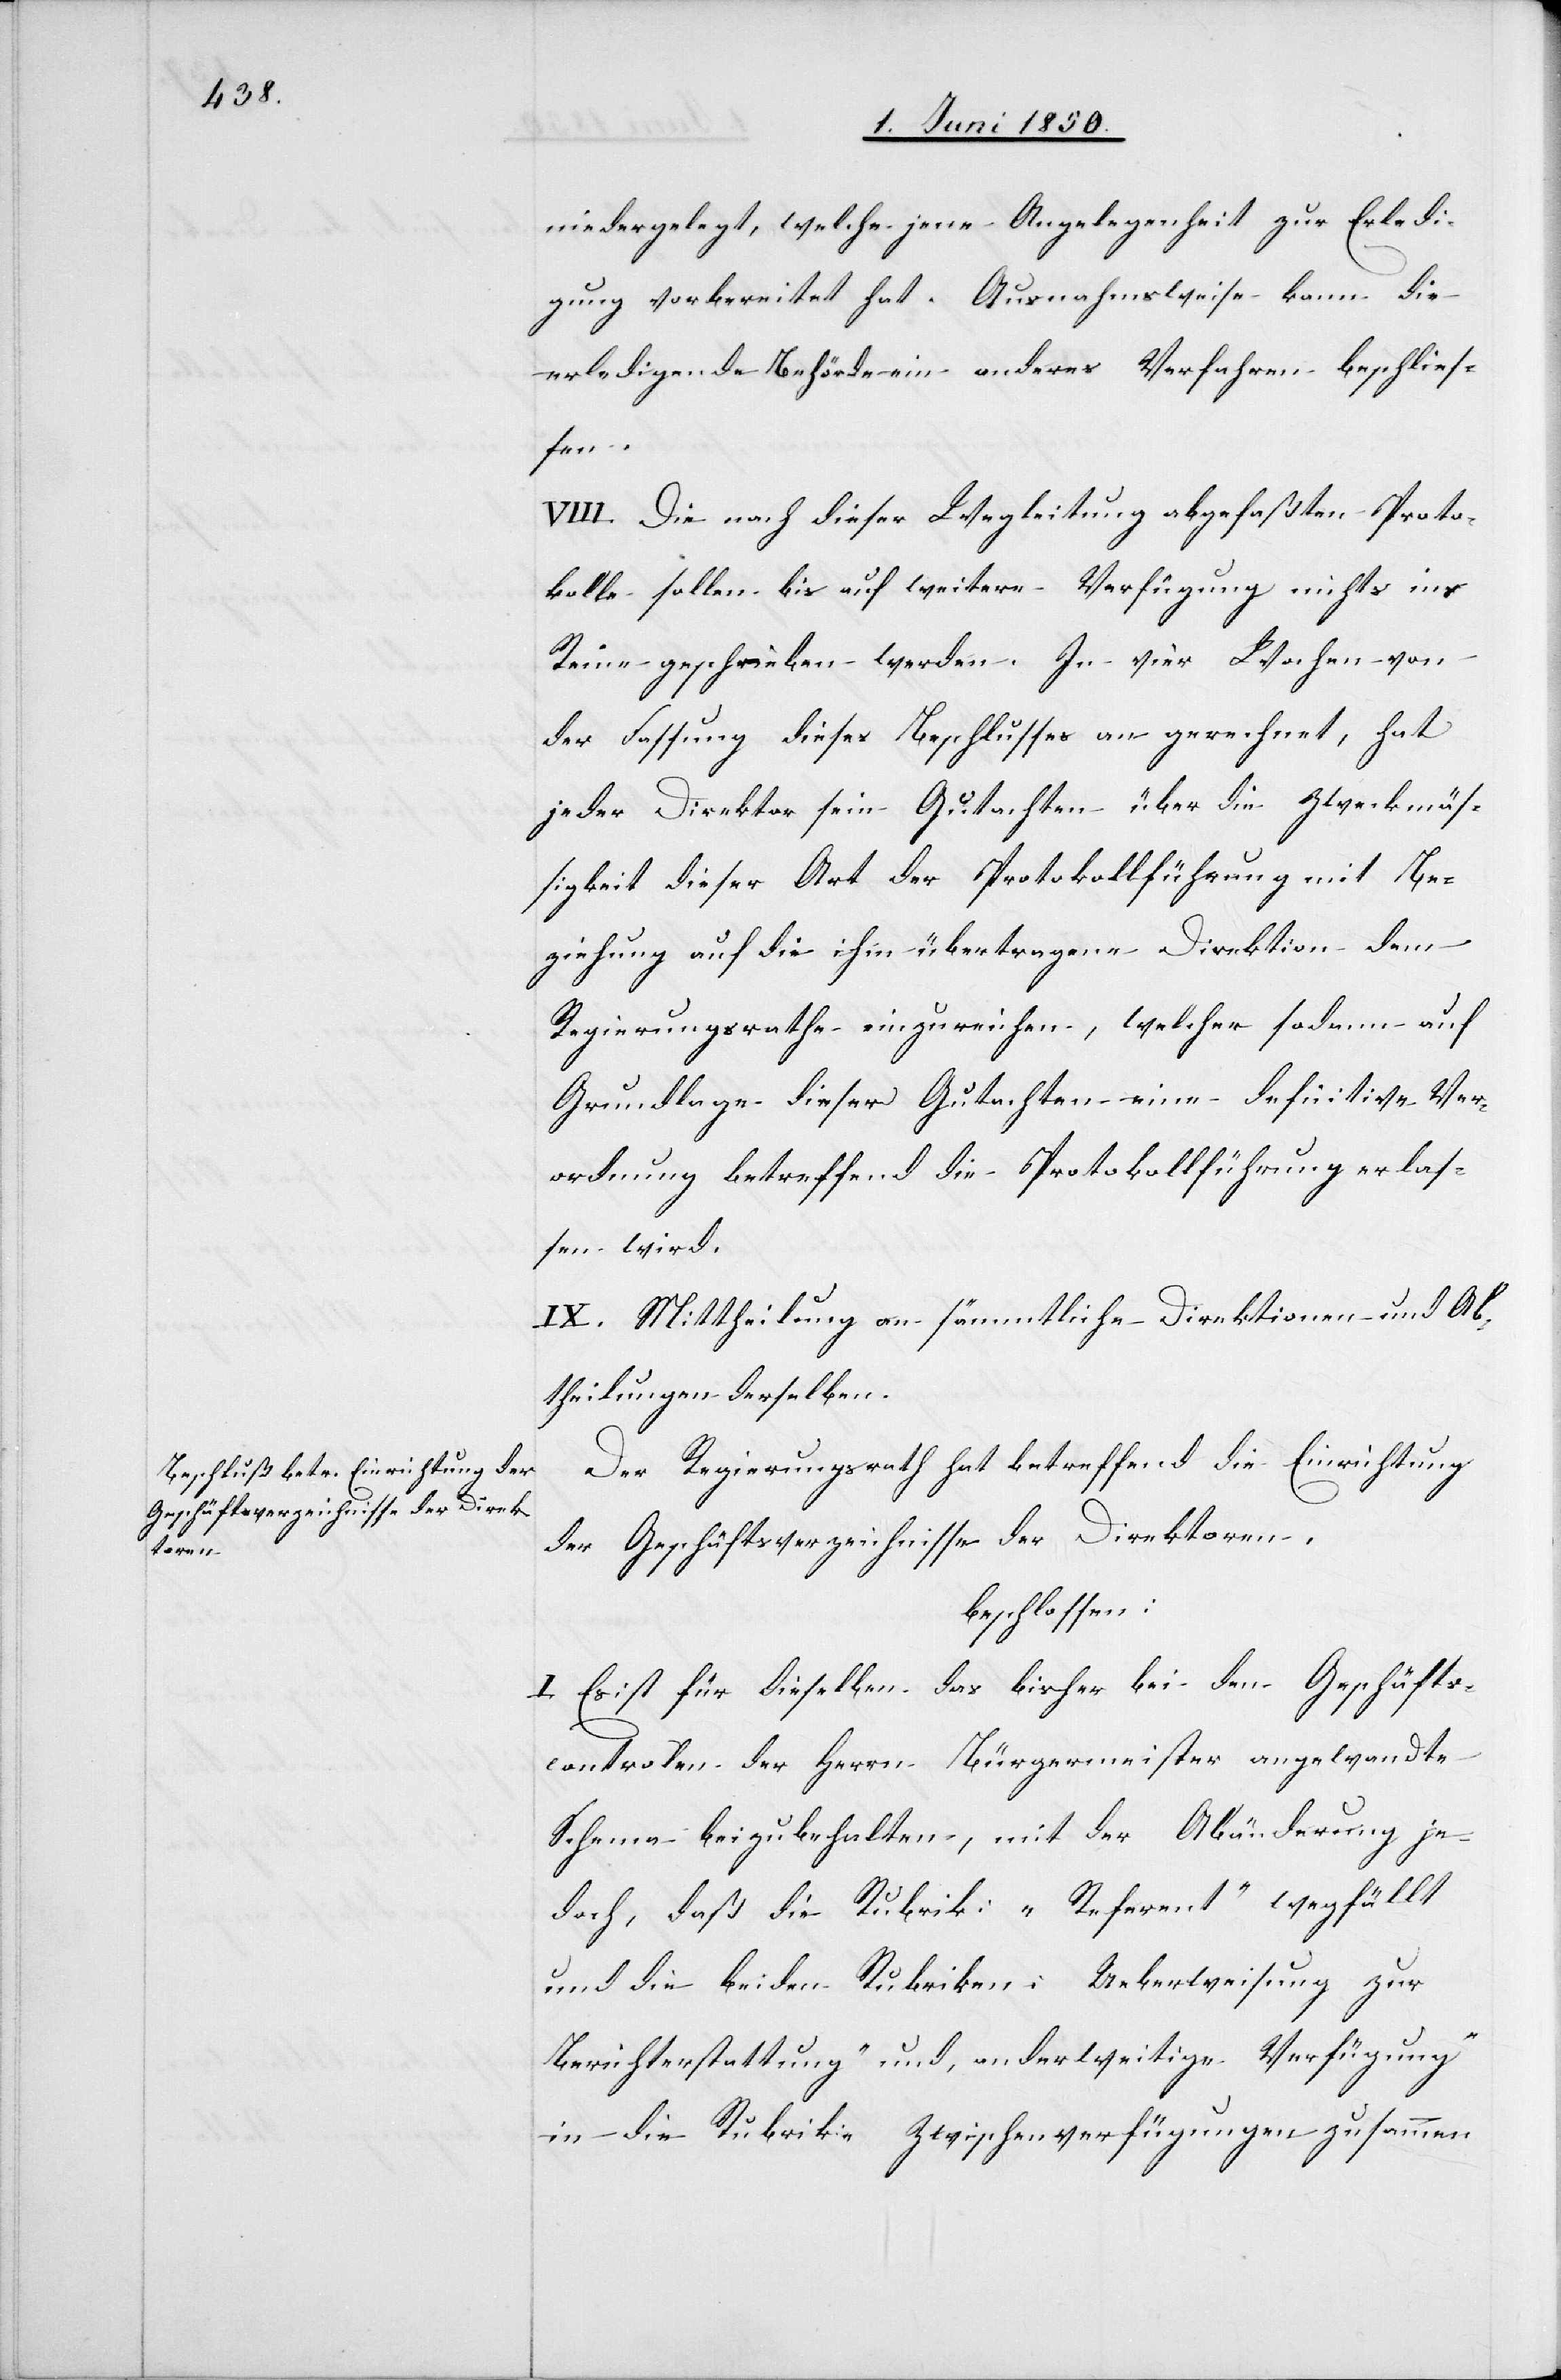
niedergelegt, welche jene Angelegenheit zur Erledi¬
gung vorbereitet hat. Ausnahmsweise kann die
erledigende Behörde ein anderes Verfahren beschlies¬
sen.
VIII. Die nach dieser Wegleitung abgefaßten Proto¬
kolle sollen bis auf weitere Verfügung nichts ins
Reine geschrieben werden. In vier Wochen von
der Fassung dieses Beschlusses an gerechnet, hat
jeder Direktor sein Gutachten über die Zweckmäß¬
igkeit dieser Art der Protokollführung mit Be¬
ziehung auf die ihm übertragene Direktion dem
Regierungsrathe einzureichen, welcher sodann auf
Grundlage dieser Gutachten eine definitive Ver¬
ordnung betreffend die Protokollführung erlas¬
sen wird.
IX. Mittheilung an sämmtliche Direktionen und Ab¬
theilungen derselben.
Der Regierungsrath hat betreffend die Einrichtung
der Geschäftsverzeichnisse der Direktoren,
beschlossen:
I. Es ist für dieselben das bisher bei den Geschäfts¬
controlen der Herrn Bürgermeister angewandte
Schema beizubehalten, mit der Abänderung je¬
doch, daß die Rubrik: „Referent“ wegfällt
und die beiden Rubriken: [„]Ueberweisung zur
Berichterstattung“ und, [„]anderweitige Verfügung“
in die Rubrike Zwischenverfügungen zusammen